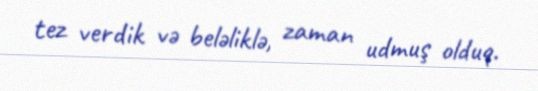
tez verdik və beləliklə, zaman udmuş olduq.